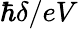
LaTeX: \hbar\delta/eV